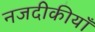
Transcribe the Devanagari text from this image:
नजदीकीयाँ